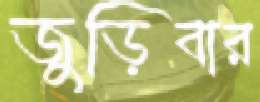
জুড়িবার